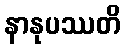
နာနုပဿတိ